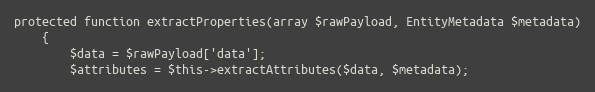
Language: PHP
protected function extractProperties(array $rawPayload, EntityMetadata $metadata)
    {
        $data = $rawPayload['data'];
        $attributes = $this->extractAttributes($data, $metadata);